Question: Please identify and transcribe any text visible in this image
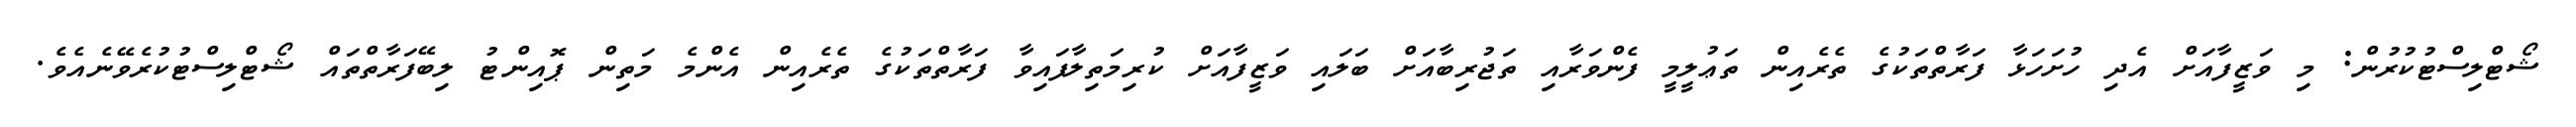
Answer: ޝޯޓްލިސްޓުކުރުން: މި ވަޒީފާއަށް އެދި ހުށަހަޅާ ފަރާތްތަކުގެ ތެރެއިން ތަޢުލީމީ ފެންވަރާއި ތަޖުރިބާއަށް ބަލައި ވަޒީފާއަށް ކުރިމަތިލާފައިވާ ފަރާތްތަކުގެ ތެރެއިން އެންމެ މަތިން ޕޮއިންޓު ލިބޭފަރާތްތައް ޝޯޓްލިސްޓުކުރެވޭނެއެވެ.